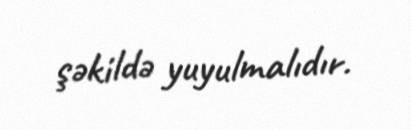
şəkildə yuyulmalıdır.